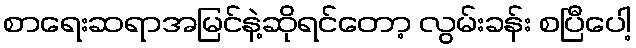
စာရေးဆရာအမြင်နဲ့ဆိုရင်တော့ လွမ်းခန်း စပြီပေါ့